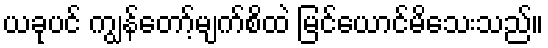
ယခုပင် ကျွန်တော့်မျက်စိထဲ မြင်ယောင်မိသေးသည်။